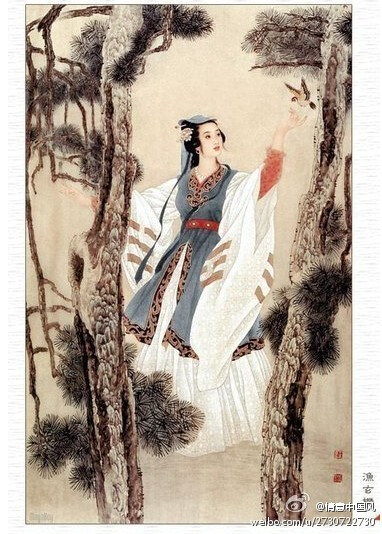
羞日遮罗袖，愁春懒起妆。